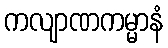
ကလျာဏကမ္မာနံ